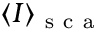
\langle I \rangle _ { \mathrm { ~ s ~ c ~ a ~ } }